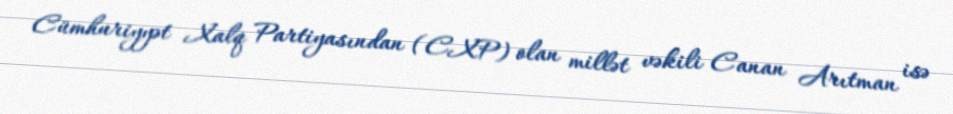
Cümhuriyyət Xalq Partiyasından (CXP) olan millət vəkili Canan Arıtman isə